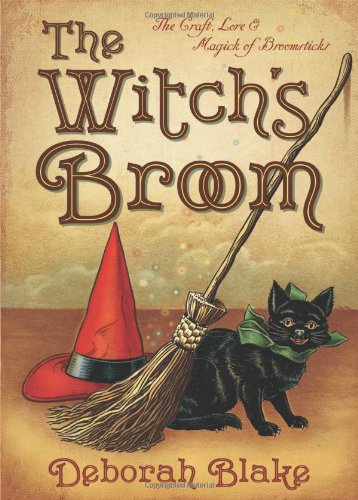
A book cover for The Witch's Broom: The Craft, Lore & Magick of Broomsticks (The Witch's Tools Series); Deborah Blake; Religion & Spirituality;